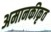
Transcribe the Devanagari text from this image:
अमानकीकृत